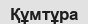
Құмтұра